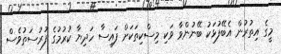
މީގެ އިތުރުން އެބޭފުޅަކު ބޭނުންވާ ވަކި މިސްކިތަކަށް ފައިސާ ހަދިޔާ ކުރުމުގެ ފުރުސަތުވެސް